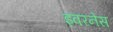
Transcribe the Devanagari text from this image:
इवरनेस